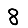
Digit: 8